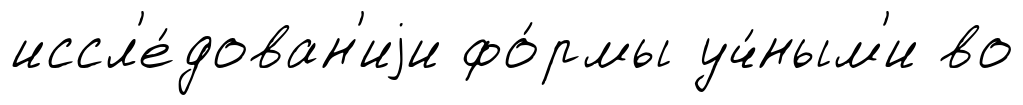
иссл'е́дован'иjи фо́рмы уч́ным'и во